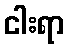
ငါးရာ